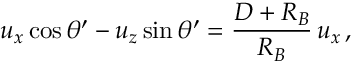
u _ { x } \cos \theta ^ { \prime } - u _ { z } \sin \theta ^ { \prime } = { \frac { D + R _ { B } } { R _ { B } } } \, u _ { x } \, ,